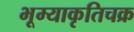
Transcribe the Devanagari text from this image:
भूम्याकृतिचक्र